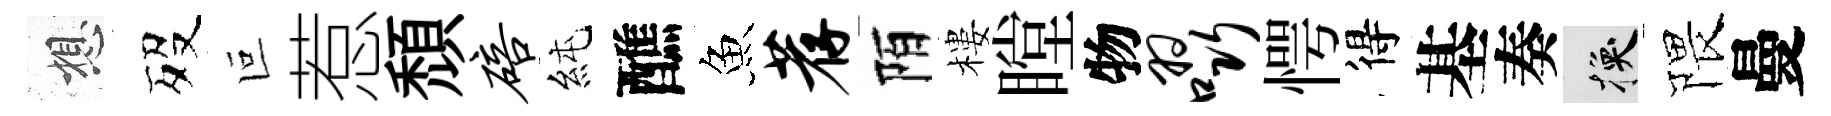
想歿叵惹頹碚純醮魚荐陌樓瞠物啜愕得基奏换隈曼